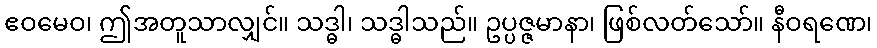
ဧဝမေဝ၊ ဤအတူသာလျှင်။ သဒ္ဓါ၊ သဒ္ဓါသည်။ ဥပ္ပဇ္ဇမာနာ၊ ဖြစ်လတ်သော်။ နီဝရဏေ၊